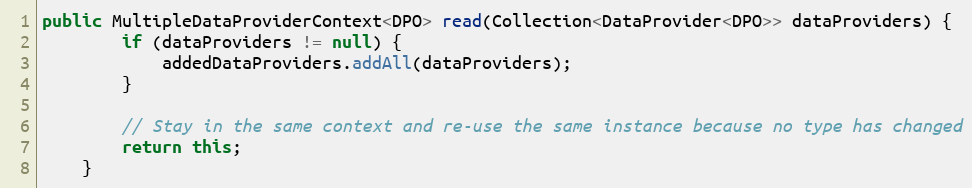
Language: Java
public MultipleDataProviderContext<DPO> read(Collection<DataProvider<DPO>> dataProviders) {
        if (dataProviders != null) {
            addedDataProviders.addAll(dataProviders);
        }

        // Stay in the same context and re-use the same instance because no type has changed
        return this;
    }